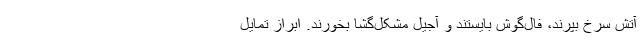
آتش سرخ بپرند، فال‌گوش بایستند و آجیل مشکل‌گشا بخورند. ابراز تمایل